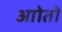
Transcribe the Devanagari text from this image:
आोतों